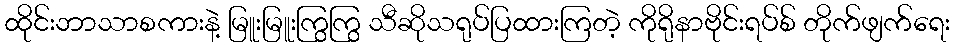
ထိုင်းဘာသာစကားနဲ့ မြူးမြူးကြွကြွ သီဆိုသရုပ်ပြထားကြတဲ့ ကိုရိုနာဗိုင်းရပ်စ် တိုက်ဖျက်ရေး